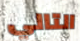
التالي